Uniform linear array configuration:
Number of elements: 16
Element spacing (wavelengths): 0.5
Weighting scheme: blackman
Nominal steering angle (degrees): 30
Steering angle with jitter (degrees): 30.34
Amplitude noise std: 0.05
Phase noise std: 0.05

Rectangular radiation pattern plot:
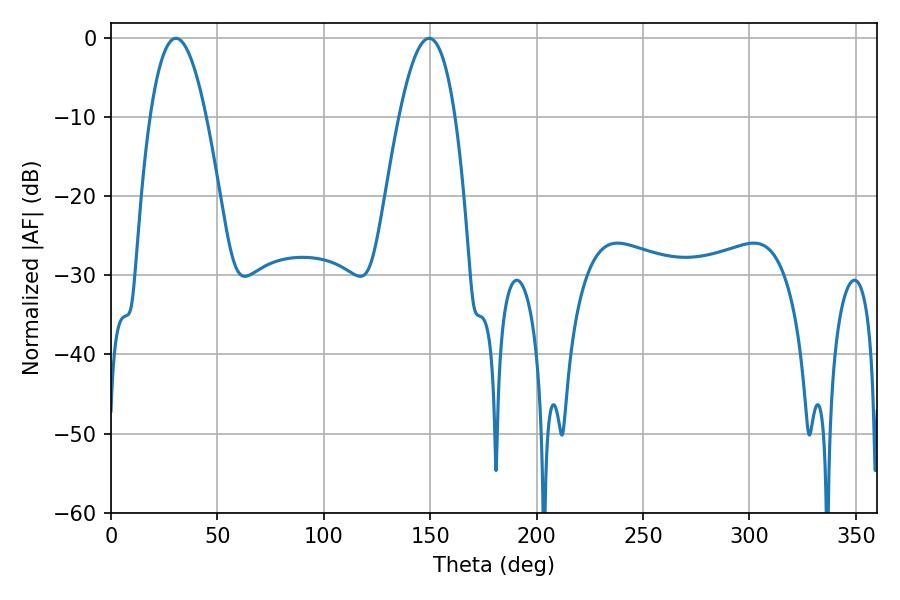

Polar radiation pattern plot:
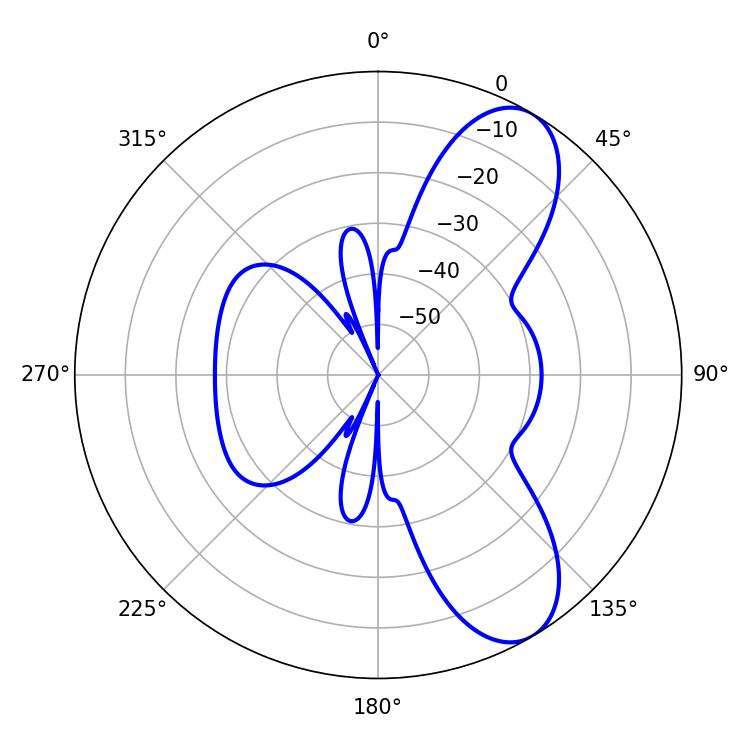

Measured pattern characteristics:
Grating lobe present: FALSE
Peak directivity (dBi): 8.572
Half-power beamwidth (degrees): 14.4
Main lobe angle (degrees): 30.42